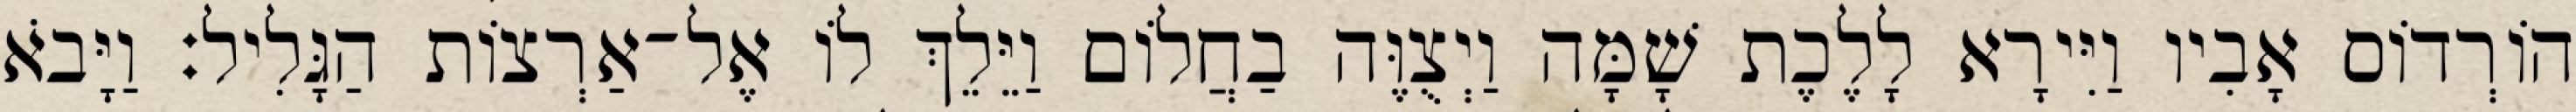
הוֹרְדוֹס אָבִיו וַיִּירָא לָלֶכֶת שָׁמָּה וַיְצֻוֶּה בַחֲלוֹם וַיֵּלֵךְ לוֹ אֶל־אַרְצוֹת הַגָּלִיל׃ וַיָּבֹא